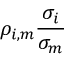
\rho _ { i , m } { \frac { \sigma _ { i } } { \sigma _ { m } } }